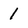
Character: 1